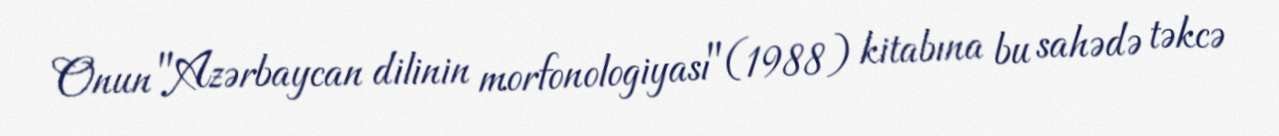
Onun "Azərbaycan dilinin morfonologiyası"(1988) kitabına bu sahədə təkcə